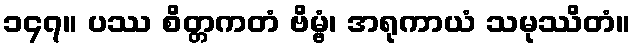
၁၄၇။ ပဿ စိတ္တကတံ ဗိမ္ဗံ၊ အရုကာယံ သမုဿိတံ။